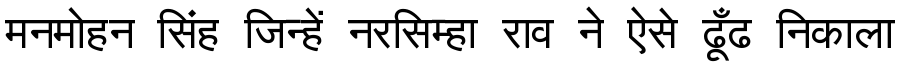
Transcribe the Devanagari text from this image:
मनमोहन सिंह जिन्हें नरसिम्हा राव ने ऐसे ढूँढ निकाला